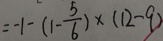
= - 1 - ( 1 - \frac { 5 } { 6 } ) \times ( 1 2 - 9 )